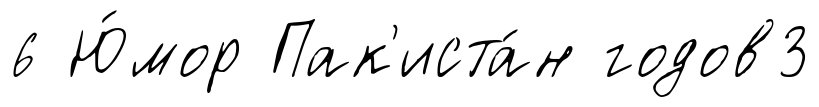
6 Ю́мор Пак'иста́н годов3